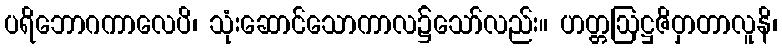
ပရိဘောဂကာလေပိ၊ သုံးဆောင်သောကာလ၌သော်လည်း။ ဟတ္တဩဋ္ဌဇိဝှာတာလူနိ၊